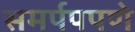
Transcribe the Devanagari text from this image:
समर्पपपणे